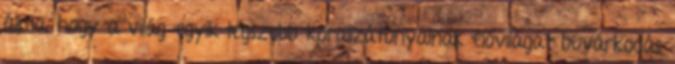
álma, hogy a világ egyik legszebb korallzátonyainak élővilágát búvárkodás